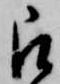
被